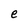
Character: e